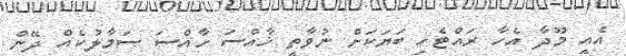
އެއީ މޫދާ އެހާ ރައްޓެހި ބަޔަކަށް ނުވާތީ ޚާއްސަ ހާއްސަ ސަމާލުކެއް ދޭން